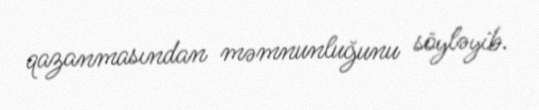
qazanmasından məmnunluğunu söyləyib.